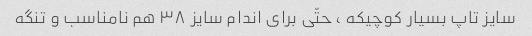
سایز تاپ بسیار کوچیکه ، حتّی برای اندام سایز ۳۸ هم نامناسب و تنگه